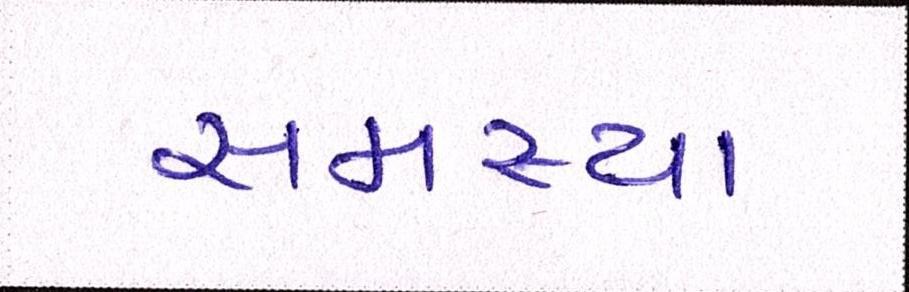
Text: સમસ્યા